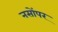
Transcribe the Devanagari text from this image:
नसोंपर